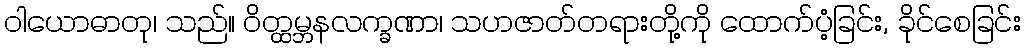
ဝါယောဓာတု၊ သည်။ ဝိတ္ထမ္ဘနလက္ခဏာ၊ သဟဇာတ်တရားတို့ကို ထောက်ပံ့ခြင်း, ခိုင်စေခြင်း